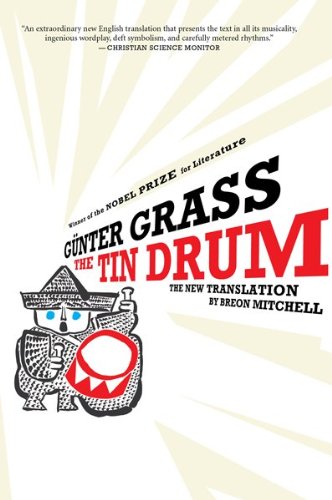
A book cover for The Tin Drum; GÃ¼nter Grass; Literature & Fiction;